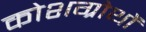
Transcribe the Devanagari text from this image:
कोशग्रोथों